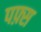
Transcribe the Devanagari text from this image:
पफ़्स